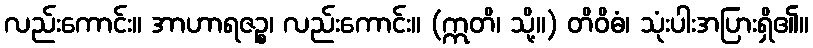
လည်းကောင်း။ အာဟာရဇဉ္စ၊ လည်းကောင်း။ (ဣတိ၊ သို့။) တိဝိဓံ၊ သုံးပါးအပြားရှိ၏။